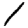
Digit: 1